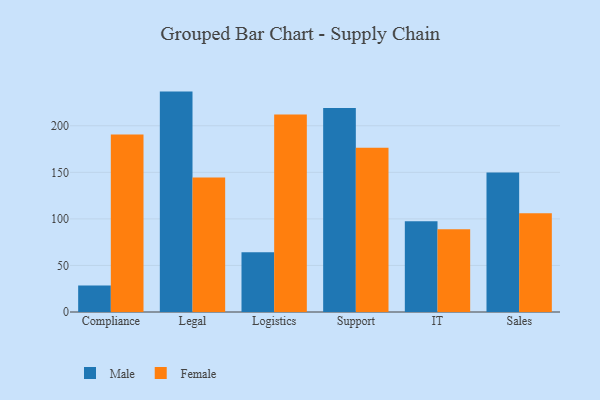
{"axis": {"x": "Department", "y": "Temperature (°C)"}, "legend": ["Female", "Male"], "data": [{"x": "Compliance", "y": 28.4, "type": "Male"}, {"x": "Compliance", "y": 190.6, "type": "Female"}, {"x": "Legal", "y": 236.7, "type": "Male"}, {"x": "Legal", "y": 144.4, "type": "Female"}, {"x": "Logistics", "y": 64.1, "type": "Male"}, {"x": "Logistics", "y": 212.0, "type": "Female"}, {"x": "Support", "y": 219.0, "type": "Male"}, {"x": "Support", "y": 176.3, "type": "Female"}, {"x": "IT", "y": 97.4, "type": "Male"}, {"x": "IT", "y": 88.8, "type": "Female"}, {"x": "Sales", "y": 149.9, "type": "Male"}, {"x": "Sales", "y": 106.0, "type": "Female"}]}